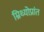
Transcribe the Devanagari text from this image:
म्रिथ्योप्रांत